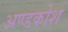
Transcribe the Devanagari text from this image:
अण्डकोश